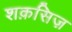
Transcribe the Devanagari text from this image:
शक़सिज़